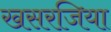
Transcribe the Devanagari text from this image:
खसरजिया